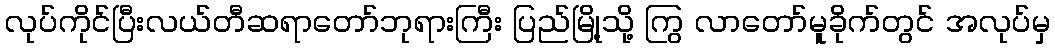
လုပ်ကိုင်ပြီးလယ်တီဆရာတော်ဘုရားကြီး ပြည်မြို့သို့ ကြွ လာတော်မူခိုက်တွင် အလုပ်မှ